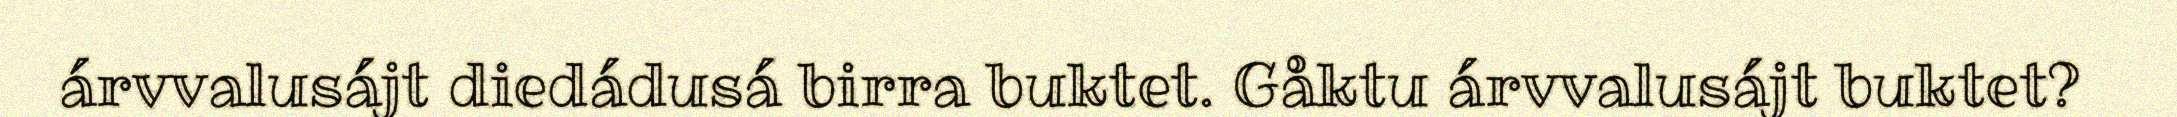
árvvalusájt diedádusá birra buktet. Gåktu árvvalusájt buktet?